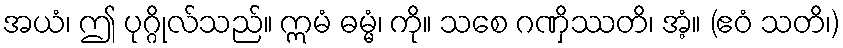
အယံ၊ ဤ ပုဂ္ဂိုလ်သည်။ ဣမံ ဓမ္မံ၊ ကို။ သစေ ဂဏှိဿတိ၊ အံ့။ (ဧဝံ သတိ၊)